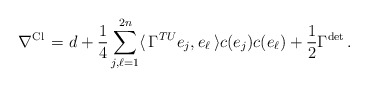
\begin{align*} \nabla^{\mathrm{Cl\,}}=d+\frac{1}{4}\sum^{2n}_{j,\ell=1}\langle\,\Gamma^{TU}e_j,e_{\ell}\,\rangle c(e_j)c(e_\ell)+\frac{1}{2}\Gamma^{\mathrm{det\,}}.\end{align*}